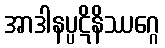
အာဒါနပ္ပဋိနိဿဂ္ဂေ